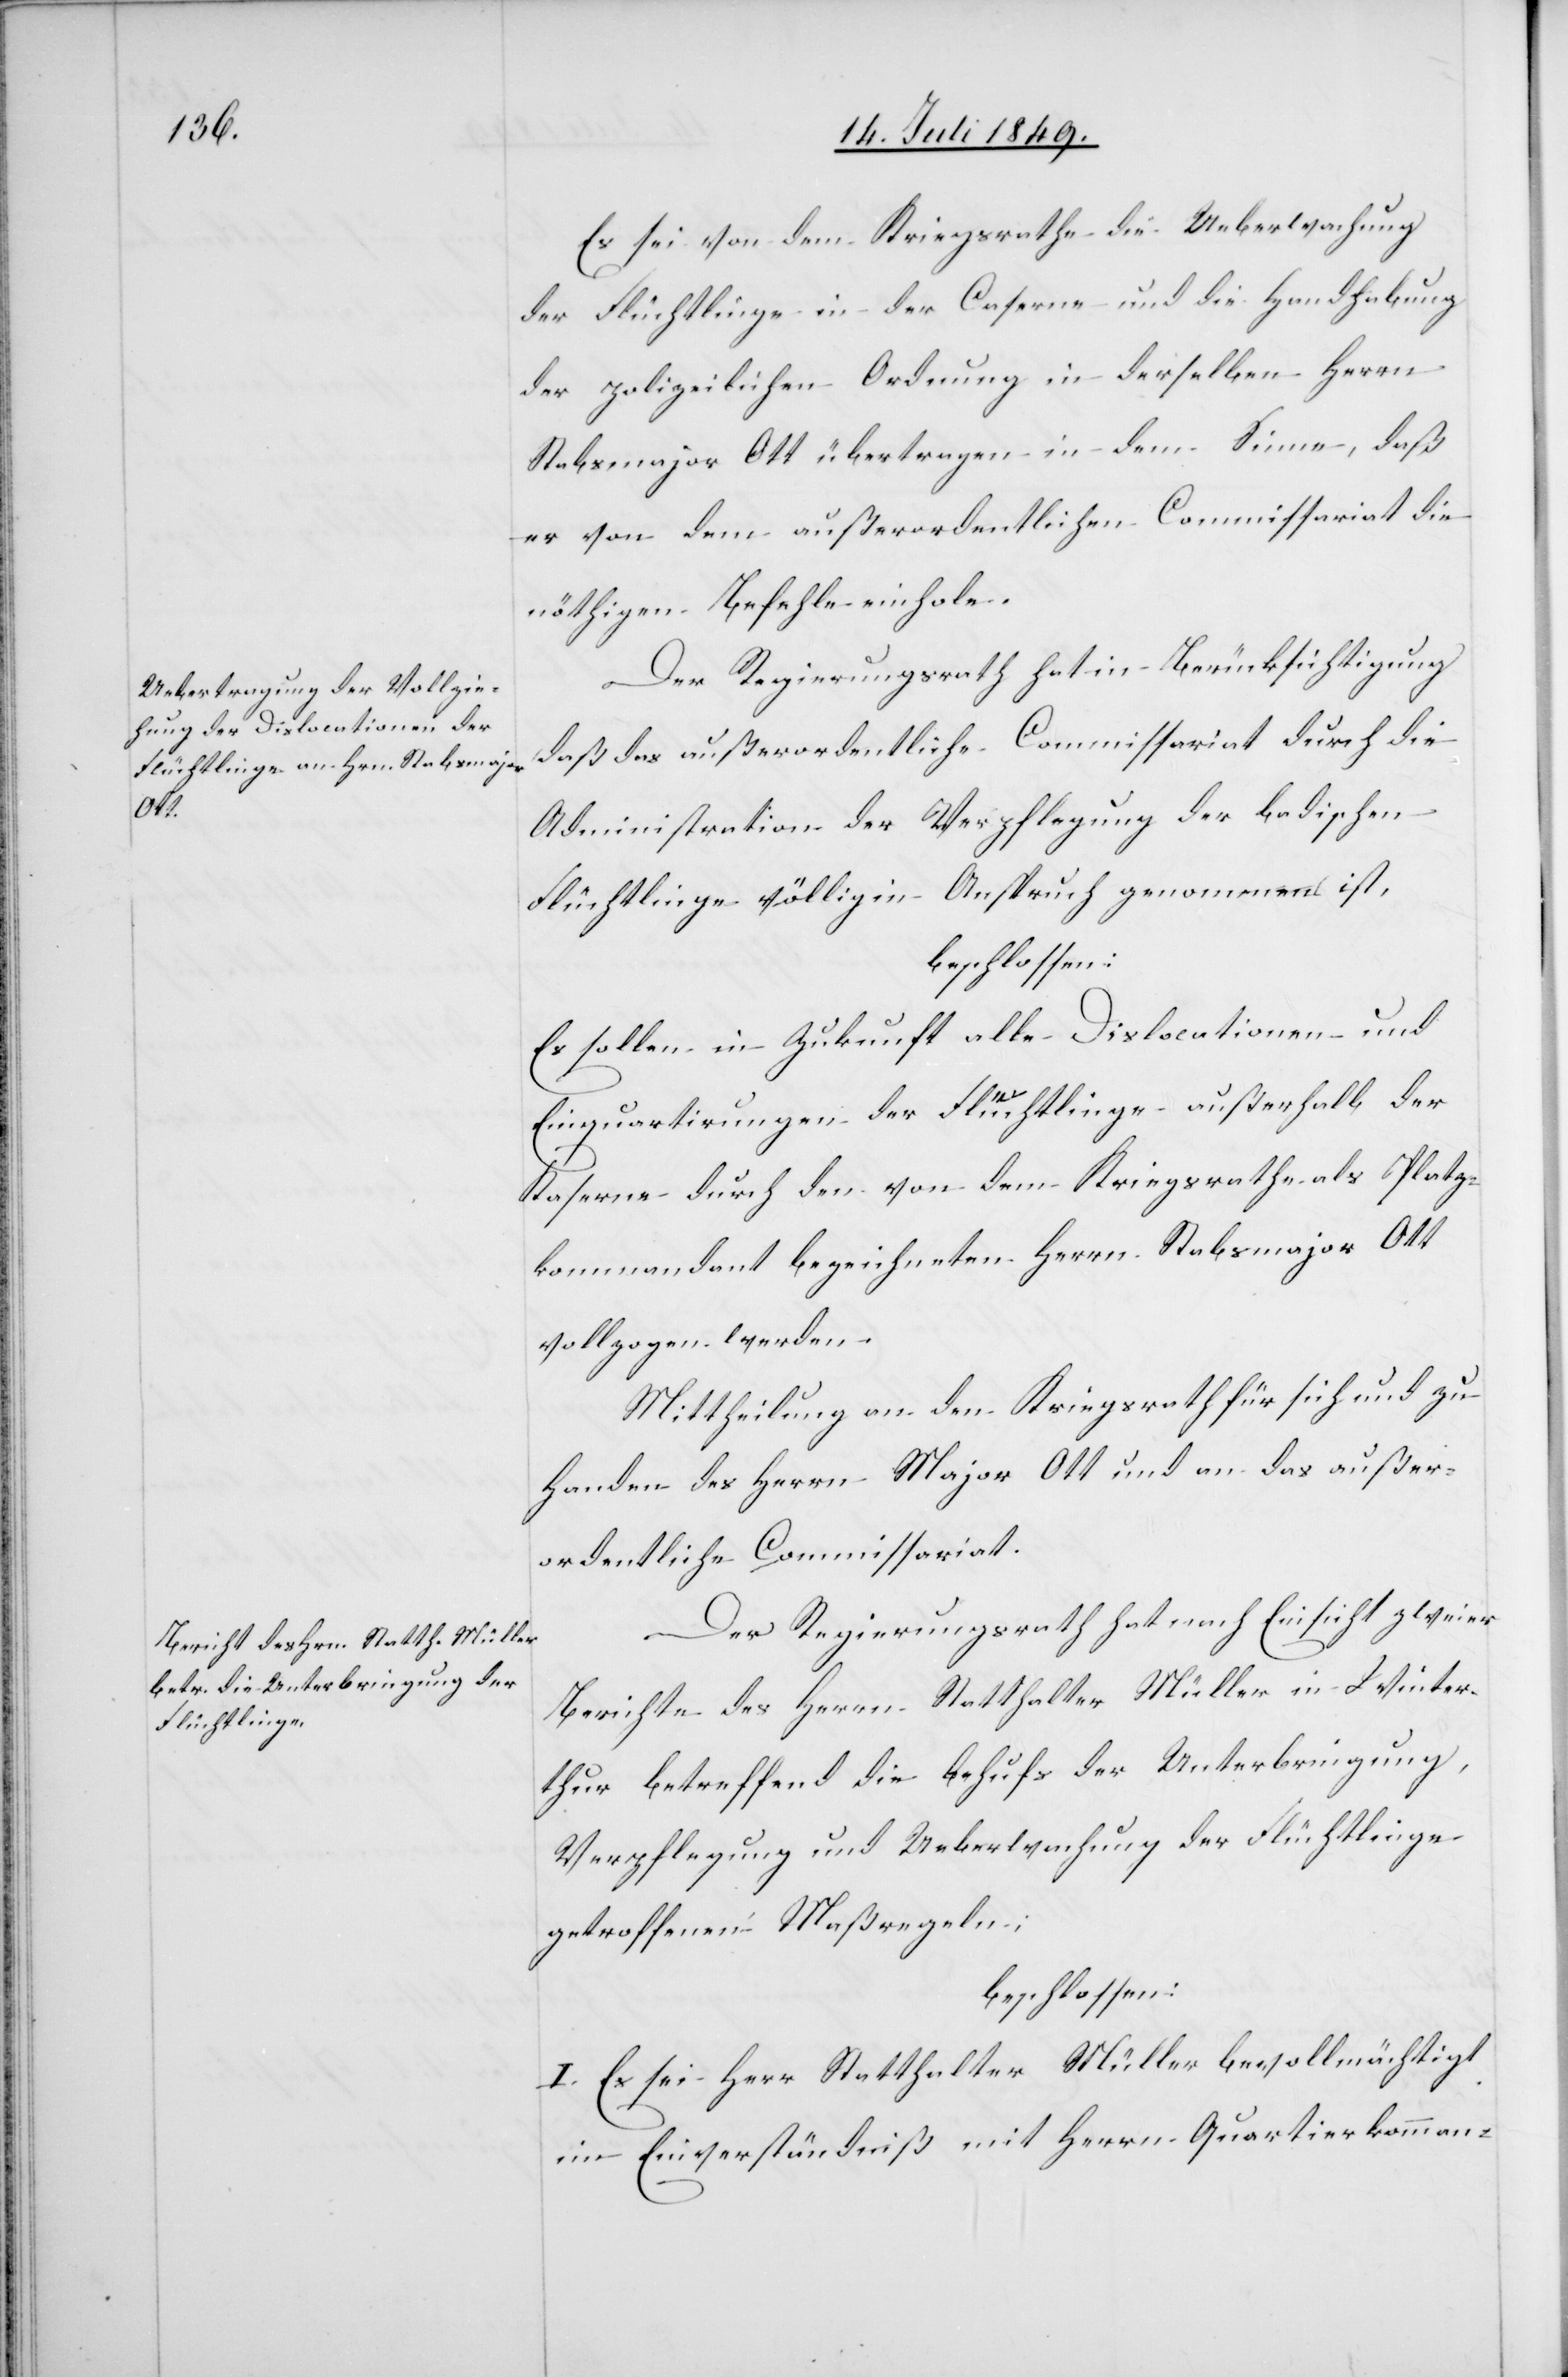
Es sei von dem Kriegsrathe die Ueberwachung
der Flüchtlinge in der Caserne und die Handhabung
der polizeilichen Ordnung in derselben Herrn
Stabsmajor Ott übertragen in dem Sinne, daß
er von dem außerordentlichen Commissariat die
nöthigen Befehle einhole.
Der Regierungsrath hat in Berücksichtigung
daß das außerordentliche Commissariat durch die
Administration der Verpflegung der badischen
Flüchtlinge völlig in Anspruch genommen ist,
beschlossen:
Es sollen in Zukunft alle Dislocationen und
Einquartirungen der Flüchtlinge außerhalb der
Kaserne durch den von dem Kriegsrathe als Platz¬
kommandant bezeichneten Herrn Stabsmajor Ott
vollzogen werden.
Mittheilung an den Kriegsrath für sich und zu
Handen des Herrn Major Ott und an das außer¬
ordentliche Commissariat.
Der Regierungsrath hat nach Einsicht zweier
Berichte des Herrn Statthalter Müller in Winter¬
thur betreffend die behufs der Unterbringung,
Verpflegung und Ueberwachung der Flüchtlinge
getroffenen Maßregeln;
beschlossen:
I. Es sei Herr Statthalter Müller bevollmächtigt
im Einverständniß mit Herrn Quartierkomman-